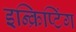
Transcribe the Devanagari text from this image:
इन्क्रिप्टिंग